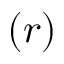
( r )